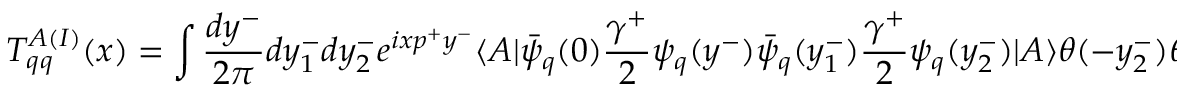
T _ { q q } ^ { A ( I ) } ( x ) = \int \frac { d y ^ { - } } { 2 \pi } d y _ { 1 } ^ { - } d y _ { 2 } ^ { - } e ^ { i x p ^ { + } y ^ { - } } \langle A | \bar { \psi } _ { q } ( 0 ) \frac { \gamma ^ { + } } { 2 } \psi _ { q } ( y ^ { - } ) \bar { \psi } _ { q } ( y _ { 1 } ^ { - } ) \frac { \gamma ^ { + } } { 2 } \psi _ { q } ( y _ { 2 } ^ { - } ) | A \rangle \theta ( - y _ { 2 } ^ { - } ) \theta ( y ^ { -- } y _ { 1 } ^ { - } )